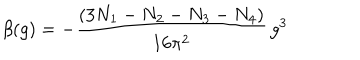
\beta ( g ) = - \frac { ( 3 N _ { 1 } - N _ { 2 } - N _ { 3 } - N _ { 4 } ) } { 1 6 \pi ^ { 2 } } \, g ^ { 3 }